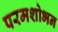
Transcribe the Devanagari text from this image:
परमशोभन